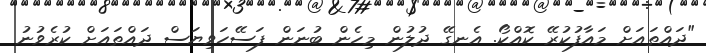
"ދައްތައަށް މައާފުކުރޭ ކޮއްކޯ. އެނގޭ ދުލުން މިހެން ބުނަން ފަސޭހަވިޔަސް ދައްތައަށް ކުރެވުނު